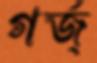
গর্জ্‌